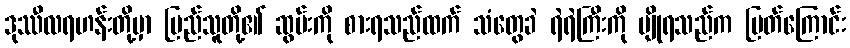
ဒုဿီလရဟန်းတို့မှာ ပြည်သူတို့၏ ဆွမ်းကို စားရသည်ထက် သံတွေခဲ ရဲရဲကြီးကို မျိုရသည်က မြတ်ကြောင်း